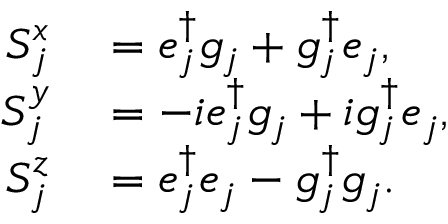
\begin{array} { r l } { S _ { j } ^ { x } } & { { } = e _ { j } ^ { \dag } g _ { j } + g _ { j } ^ { \dag } e _ { j } , } \\ { S _ { j } ^ { y } } & { { } = - i e _ { j } ^ { \dag } g _ { j } + i g _ { j } ^ { \dag } e _ { j } , } \\ { S _ { j } ^ { z } } & { { } = e _ { j } ^ { \dag } e _ { j } - g _ { j } ^ { \dag } g _ { j } . } \end{array}